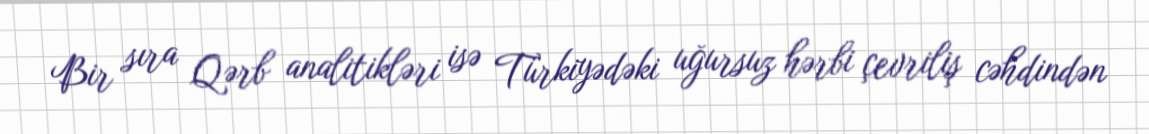
Bir sıra Qərb analitikləri isə Türkiyədəki uğursuz hərbi çevriliş cəhdindən